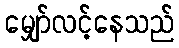
မျှော်လင့်နေသည်